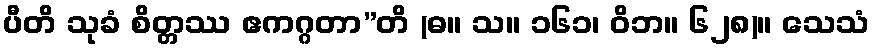
ပီတိ သုခံ စိတ္တဿ ဧကဂ္ဂတာ”တိ (ဓ။ သ။ ၁၆၁၊ ဝိဘ။ ၆၂၈)။ သေသံ